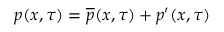
p ( x , \tau ) = \overline { { p } } ( x , \tau ) + p ^ { \prime } ( x , \tau )